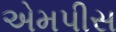
એમપીસ